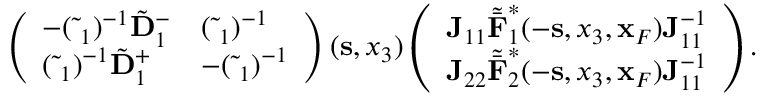
\begin{array} { r l r } & { } & { \left( \begin{array} { l l } { - ( \tilde { \bf \Delta } _ { 1 } ) ^ { - 1 } \tilde { \bf D } _ { 1 } ^ { - } } & { ( \tilde { \bf \Delta } _ { 1 } ) ^ { - 1 } } \\ { ( \tilde { \bf \Delta } _ { 1 } ) ^ { - 1 } \tilde { \bf D } _ { 1 } ^ { + } } & { - ( \tilde { \bf \Delta } _ { 1 } ) ^ { - 1 } } \end{array} \right) ( { \bf s } , x _ { 3 } ) \left( \begin{array} { l } { { \bf J } _ { 1 1 } { \tilde { \bar { \bf F } } } _ { 1 } ^ { * } ( - { \bf s } , x _ { 3 } , { \bf x } _ { F } ) { \bf J } _ { 1 1 } ^ { - 1 } } \\ { { \bf J } _ { 2 2 } { \tilde { \bar { \bf F } } } _ { 2 } ^ { * } ( - { \bf s } , x _ { 3 } , { \bf x } _ { F } ) { \bf J } _ { 1 1 } ^ { - 1 } } \end{array} \right) . } \end{array}